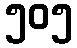
၅၀၅